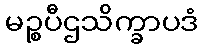
မဉ္စပီဌသိက္ခာပဒံ